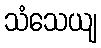
သံသေယျ